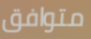
متوافق